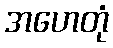
အဟေတုံ